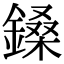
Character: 鎟